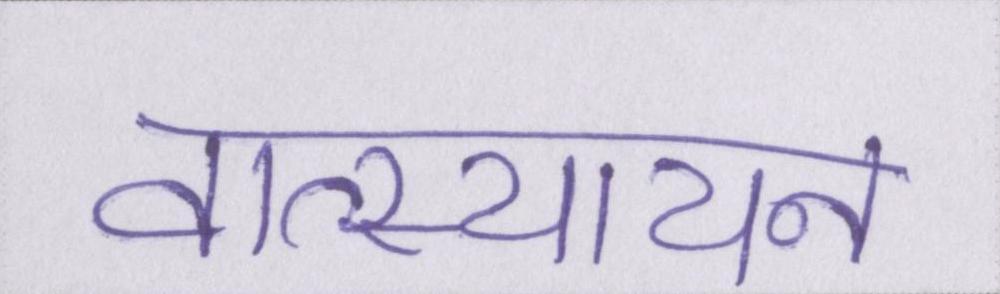
वात्स्यायन